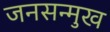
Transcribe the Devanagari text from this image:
जनसन्मुख